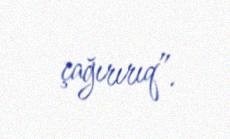
çağırırıq”.